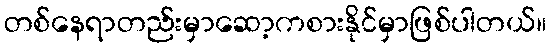
တစ်နေရာတည်းမှာဆော့ကစားနိုင်မှာဖြစ်ပါတယ်။